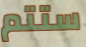
ستتم